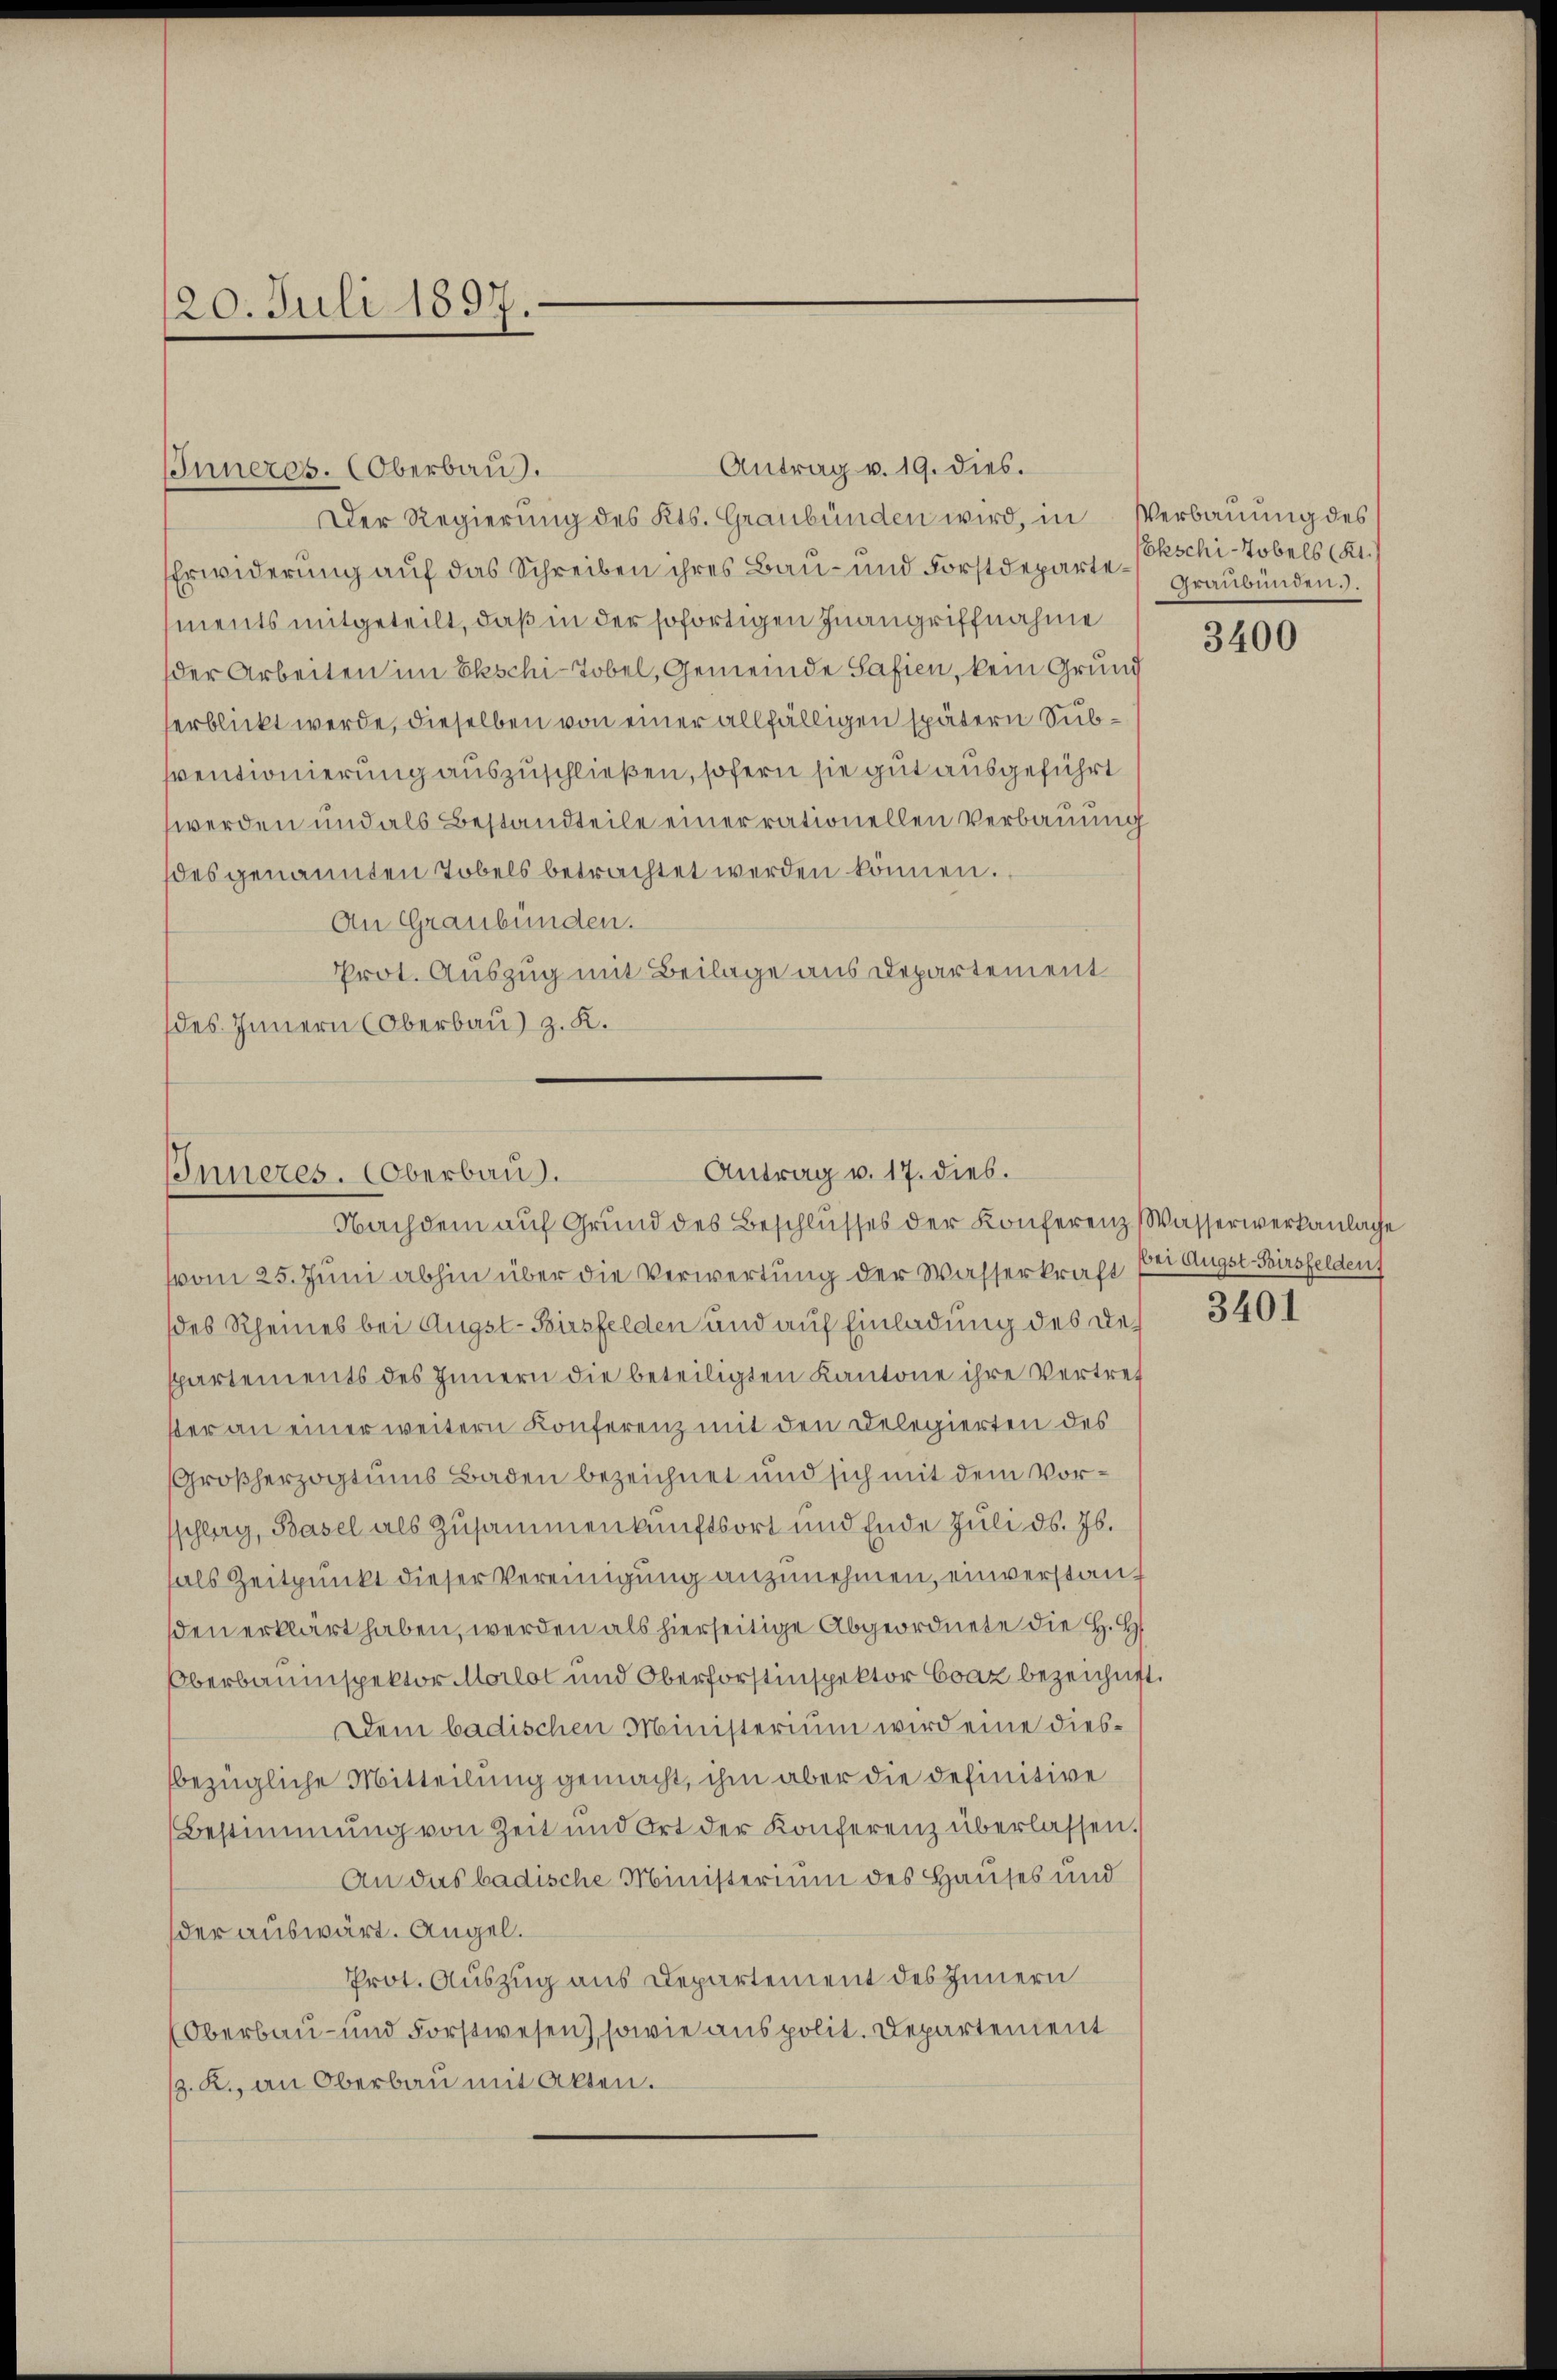
120. Juli 1897.

IInneres. Oberbau.

Der Regierung des Kts. Graubünden wird, in Verbauung des
Erwiderung auf das Schreiben ihres Bau- und Forstdepartements mitgeteilt, daß in der sofortigen Inangriffnahme
der Arbeiten im Ekschi-Tobel, Gemeinde Safien, kein Grund
erblickt werde, dieselben von einer allfälligen spätern Subsventionierung auszuschließen, sofern sie gut ausgeführt
werden und als Bestandteile einer rationellen Verbauung
des genannten Tobels betrachtet werden können.
An Graubünden.
Prot. Auszug mit Beilage aus Departement
(des Innern (Oberbau) z. K.

Antrag v. 19. dies.

Antrag v. 17. dies.
Inneres. (Oberbau).
Nachdem auf Grund des Beschlusses der Konferenz Wasserwerkanlage

(vom 25. Juni abhin über die Verwertung der Wasserkraft hat Augst Birsfelden
des Rheines bei Augst-Birsfelden und auf Einladung des Despartements des Innern die beteiligten Kantone ihre Vertref
ster an einer weitern Konferenz mit den Delegierten des
Großherzogtums Baden bezeichnet und sich mit dem Vorsschlerg, Basel als Zusammenkunftsort und Ende Juli d. Js.
als Zeitpunkt dieser Vereinigung anzunehmen, einverstanz
sden erklärt haben, werden als hierseitige Abgeordnete die H. H
Oberbauinspektor Morlot und Oberforstinspektor Coaz bezeichnet.
Dein badischen Ministerium wird eine diesbezügliche Mitteilung gemacht, ihm aber die definitive
Bestimmung von Zeit und Ort der Konferenz überlassen.
An das badische Ministerium des Hauses und
der auswärt. Angel.
Prot. Auszug aus Departement des Innern
(Oberbau- und Forstwesen), sowie aus polit. Departement
.K., an Oberbau mit Akten.

kschi-Tobels (21./
Graubünden.).

3400

3401